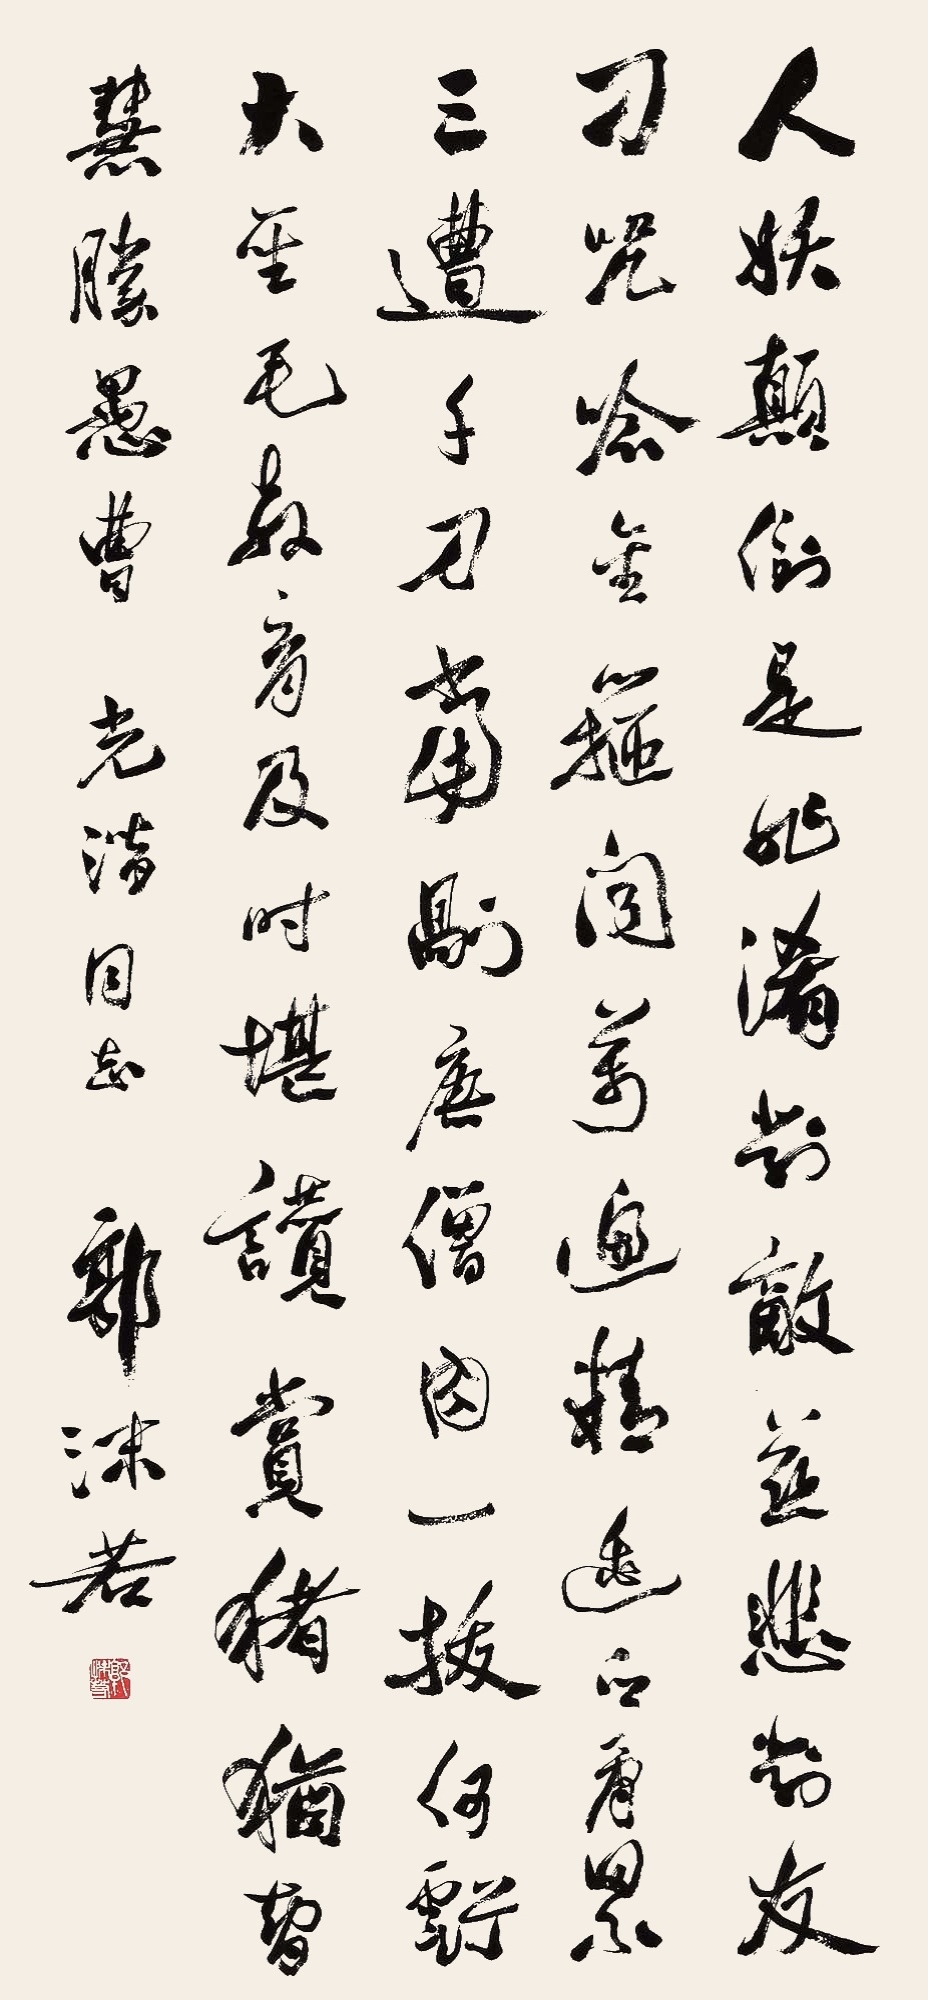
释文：人妖颠倒是非淆，对敌慈悲对友刁。咒念金箍闻万遍，精逃白骨累三遭。千刀当剐唐僧肉，一拔何亏大圣毛。教育及时堪赞赏，猪犹智慧胜愚曹。光潜同志。郭沫若。